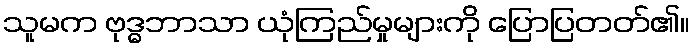
သူမက ဗုဒ္ဓဘာသာ ယုံကြည်မှုများကို ပြောပြတတ်၏။